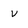
Character: v